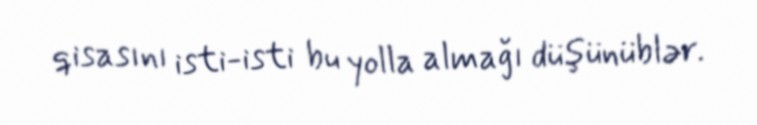
qisasını isti-isti bu yolla almağı düşünüblər.